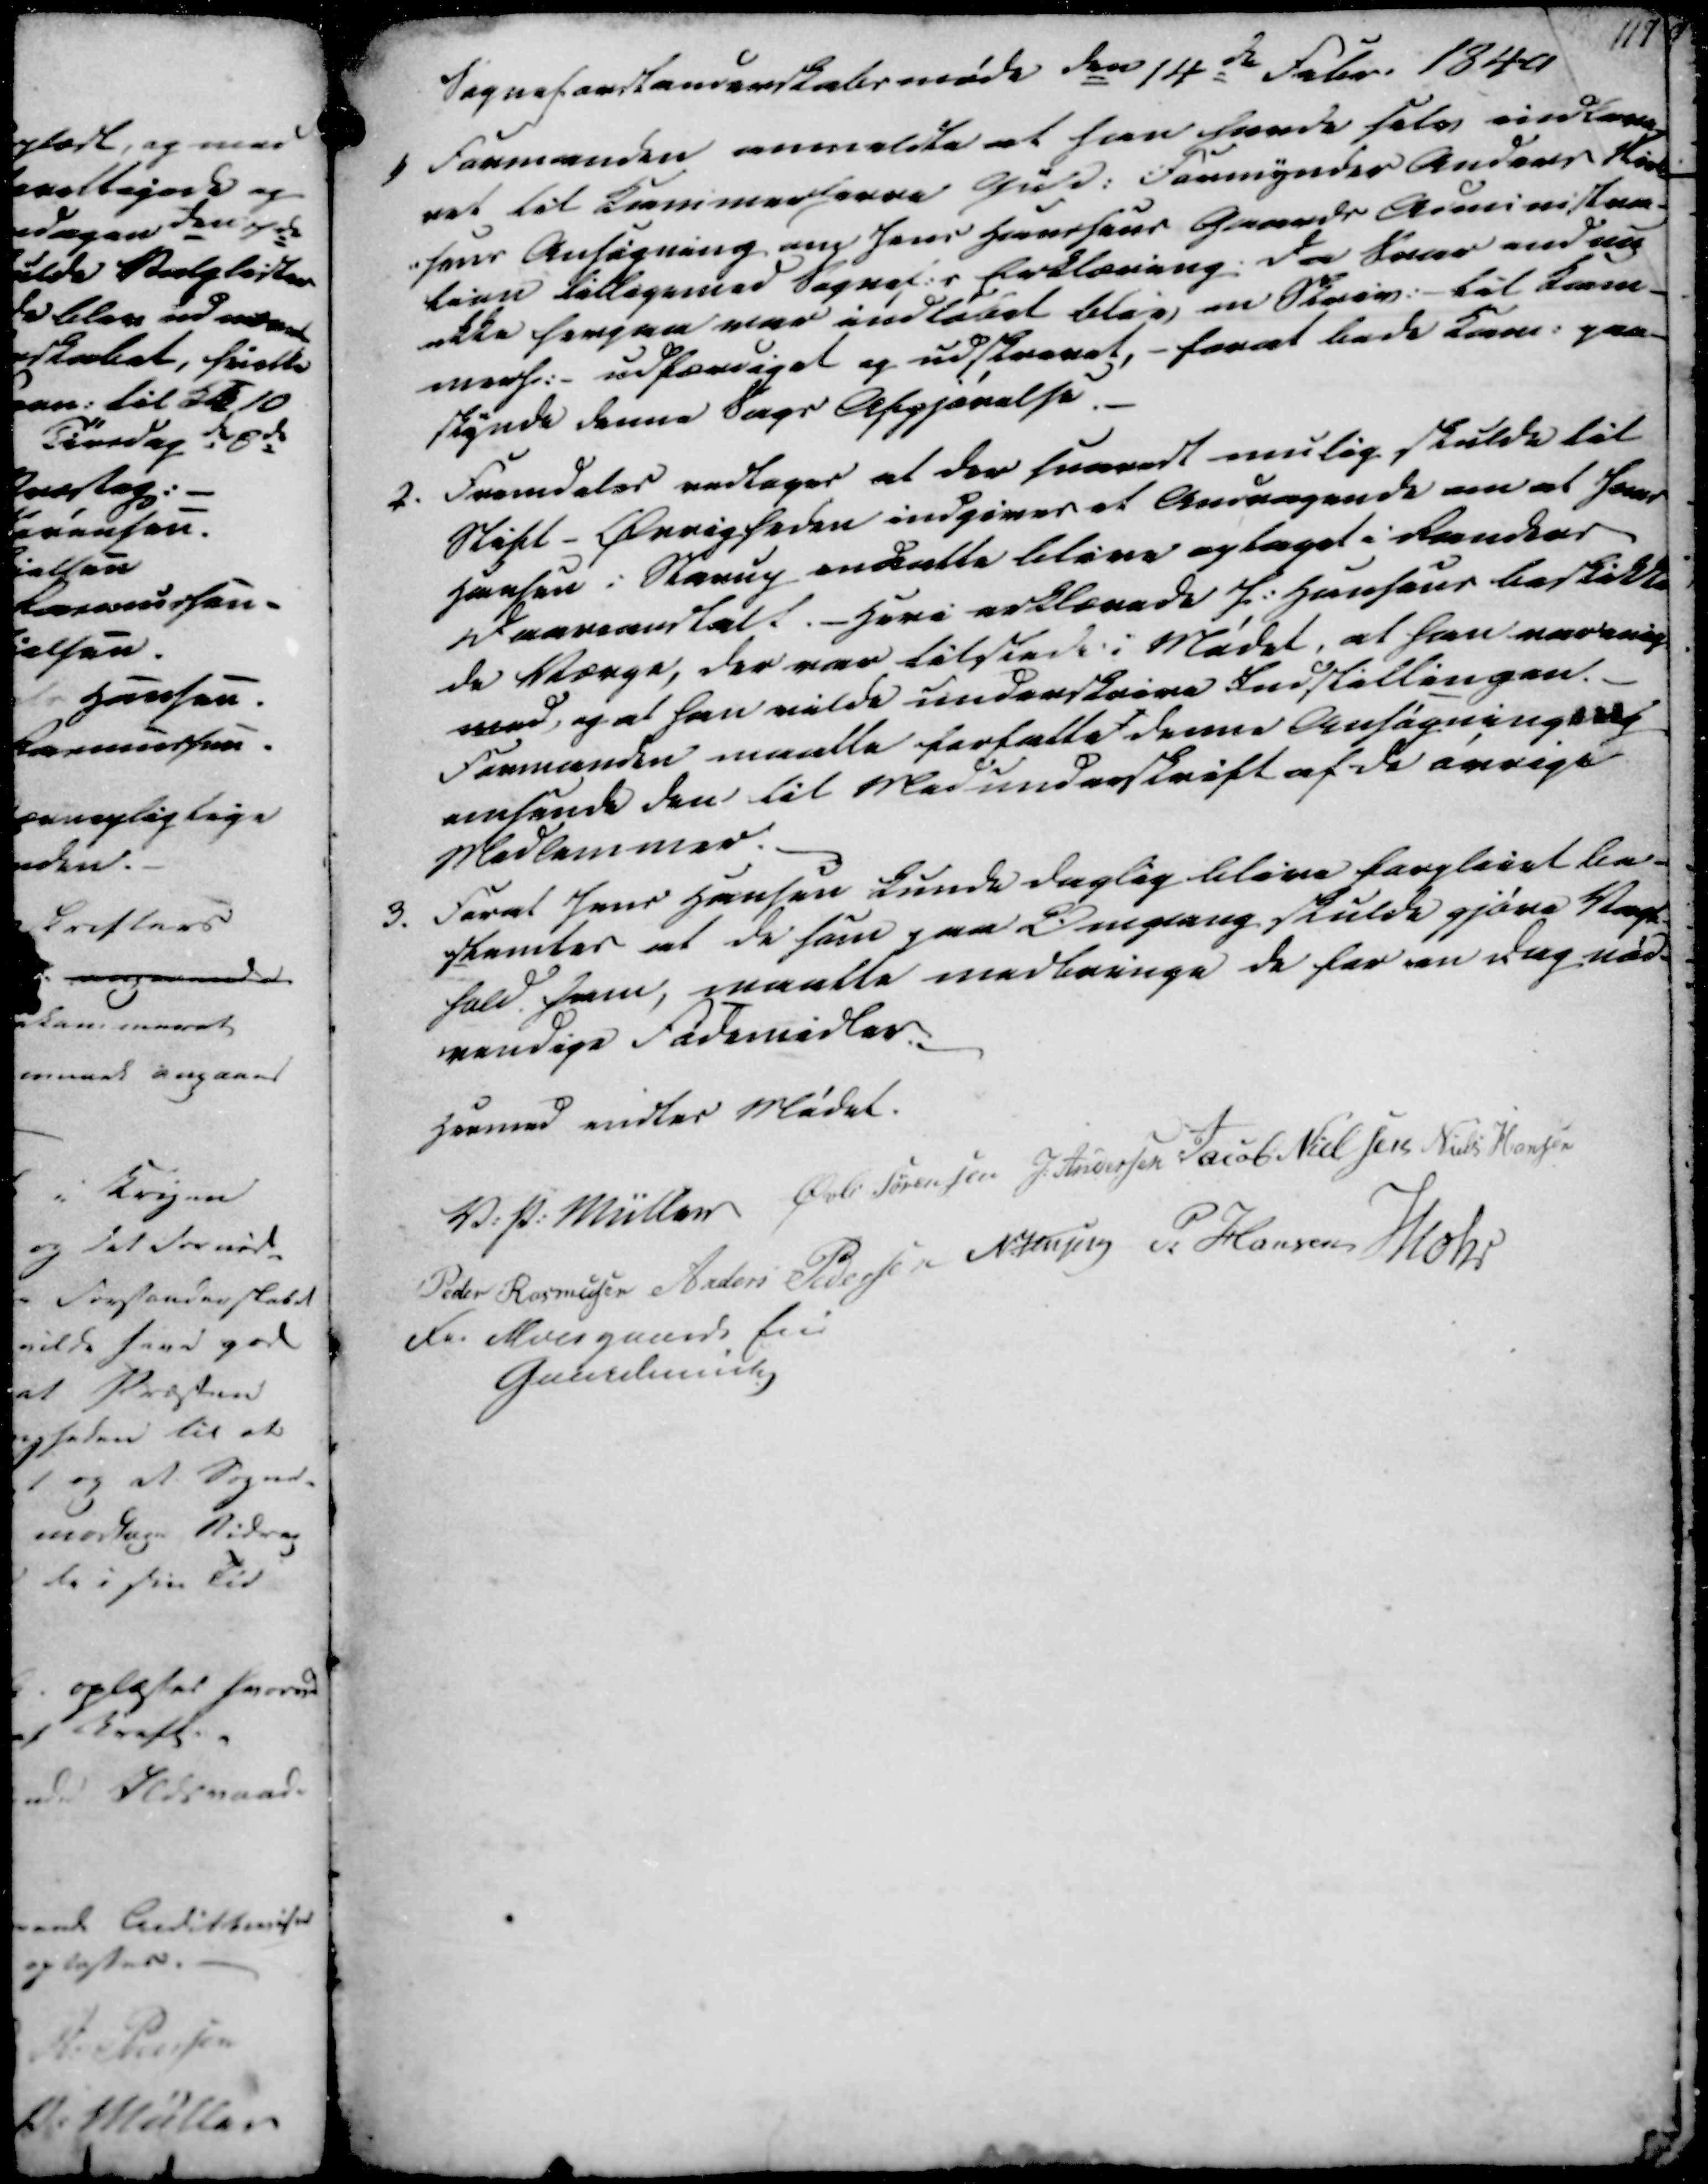
Transskription:
117.

Sogneforstanderskabsmøde den 14de Febr. 1849
1) Formanden anmeldte at han havde selv indlare-
ret til Kammerherre Gmd. Formynder Anders Kirl
-sens Ansøgning om Jens Hanssens Gaards Administra-
tion tilligemed Sognef.s Erklæring. Da Svar endnu
ikke herpaa var indløbet blev en Skriv. - til Kam-
merh. udfærdiget og udskrevet, - forat bede Kam. paa-
skynde denne Sags Afgjørelse.

2. Fremdeles vedtages at der saavidt mulig skulde til
Stift-Øvrigheden indgives et Andrangende om at Jens
Hansen i Starup indatte blive optaget i Randers
Daareanstalt. - Heri erklærede J. Hansens beskikke
de Værge, der var tilstede i Mødet, at han var enig
med, og at han vilde underskrive Indstillingen.
Formanden maatte forfatte denne Ansøgning ans
ansende den til Medunderskrift af de øvrige
Medlemmer.

3. Forat Jens Hansen kunde daglig blive forpleiet be-
stemtes at de ham paa Omgang skulde gjøre Vagt
hold ham, maatte medbringe de for en Dag nød-
vendige Fødemidler.
Hermed endtes Mødet.
V. P. Müller
Øvli Sørensen
J. Andersen
Jacob Nielsen
Niels Hansen
Peder Rasmussen
Anders Pedersen
N. Jensen
P Hansen
Mohr
For Moesgaards Eni
Gaardening